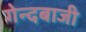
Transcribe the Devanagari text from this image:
गेन्दबाजी